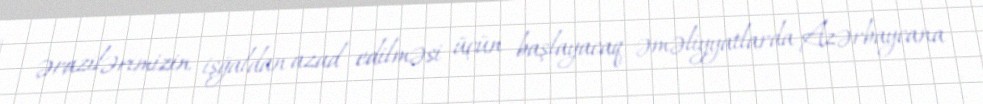
ərazilərimizin işğaldan azad edilməsi üçün başlayacaq əməliyyatlarda Azərbaycana